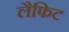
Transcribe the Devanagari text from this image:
लैफिट